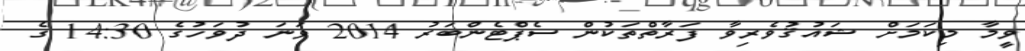
ވީމާ މިކަމަށް ޝައުޤުވެރިވާ ފަރާތްތަކުން ސެޕްޓެންބަރު 2014 ވަނަ ދުވަހުގެ 14:30 ގެ